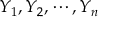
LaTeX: Y _ { 1 } , Y _ { 2 } , \cdots , Y _ { n }